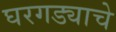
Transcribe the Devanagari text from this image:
घरगड्याचे